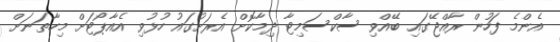
އެންމެ ފަހުން ރާއްޖޭގައި ބޭއްވި ސާކްސަމިޓާ ދިމާކޮށް އެރަށުގައު ހުޅުވި އެއާޕޯޓަށް މިހާތަނަށް